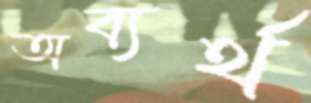
অব্যর্থ